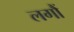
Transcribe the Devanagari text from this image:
लगौं